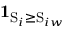
\mathbf { 1 } _ { \mathrm { S } _ { i } \geq \mathrm { S } _ { i w } }